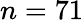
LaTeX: n=71